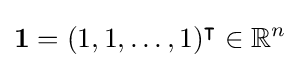
{\boldsymbol {1}}=(1,1,\dots ,1)^{\intercal }\in \mathbb {R} ^{n}